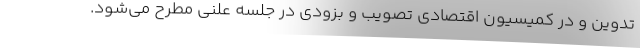
تدوین و در کمیسیون اقتصادی تصویب و بزودی در جلسه علنی مطرح می‌شود.